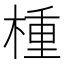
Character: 㮔